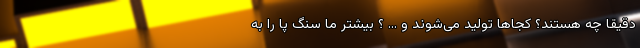
دقیقا چه هستند؟ کجاها تولید می‌شوند و ... ؟ بیشتر ما سنگ پا را به